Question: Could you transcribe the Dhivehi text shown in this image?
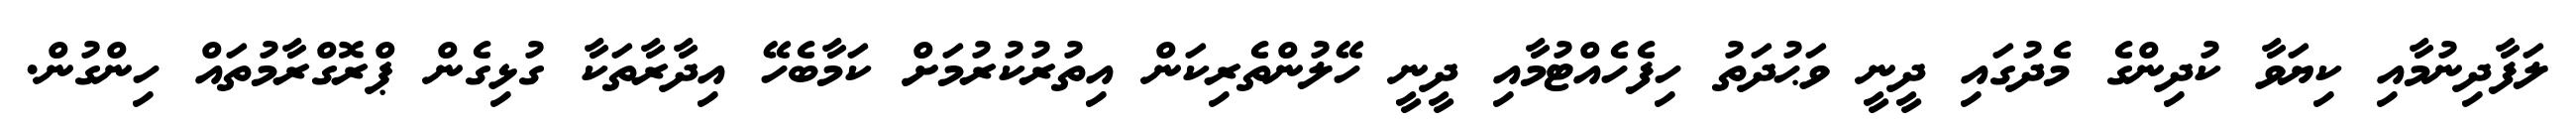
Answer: ލަފާދިނުމާއި ކިޔަވާ ކުދިންގެ މެދުގައި ދީނީ ވަޙުދަތު ހިފެހެއްޓުމާއި ދީނީ ހޭލުންތެރިކަން އިތުރުކުރުމަށް ކަމާބެހޭ އިދާރާތަކާ ގުޅިގެން ޕްރޮގްރާމުތައް ހިންގުން.